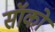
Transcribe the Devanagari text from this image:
सॉको